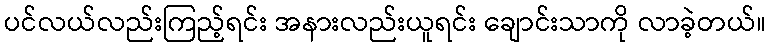
ပင်လယ်လည်းကြည့်ရင်း အနားလည်းယူရင်း ချောင်းသာကို လာခဲ့တယ်။